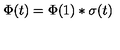
\Phi ( t ) = \Phi ( 1 ) * \sigma ( t )